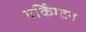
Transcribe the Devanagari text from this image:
वर्किंग्टन